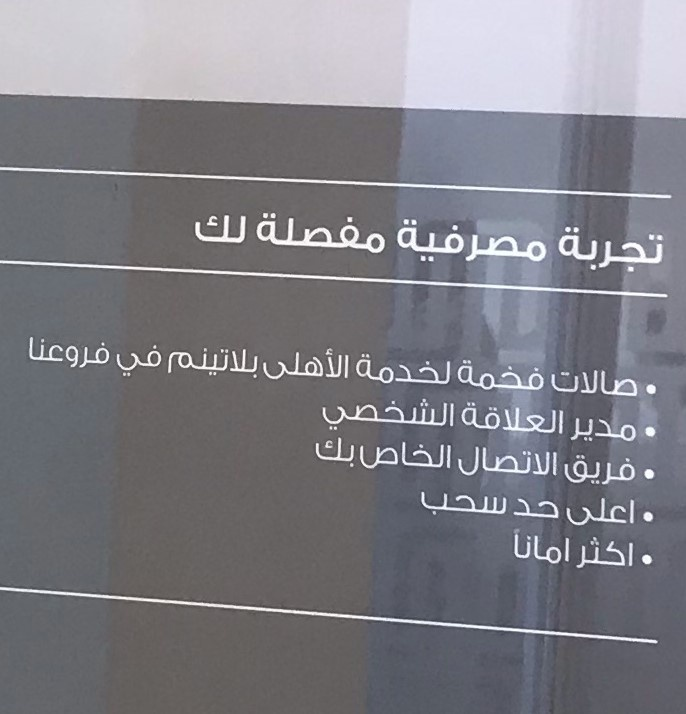
Text in image: لك مفصلة مصرفية تجربة فروعنا في بلاتينم الأهلى لخدمة فخمة صالات الشخصي العلاقة مدير بك الخاص الاتصال فريق سحب حد اعلى امانا اكثر